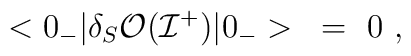
<0_-| \delta_S {\cal O}({\cal I}^+) |0_->~=~0~,